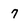
Character: 7